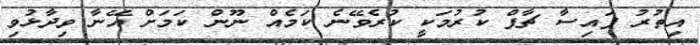
އިތުރު ފައިސާ ޗާޕް ކުރުމަކީ ކުރެވޭނެ ކަމެއް ނޫން ކަމަށް އޭނާ ވިދާޅުވި